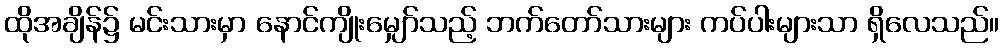
ထိုအချိန်၌ မင်းသားမှာ နောင်ကျိုးမျှော်သည့် ဘက်တော်သားများ ကပ်ပါးများသာ ရှိလေသည်။